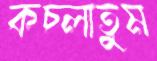
কচ্‌লাতুম